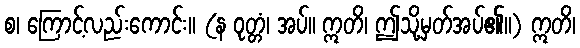
စ၊ ကြောင့်လည်းကောင်း။ (န ဝုတ္တံ၊ အပ်။ ဣတိ၊ ဤသို့မှတ်အပ်၏။) ဣတိ၊